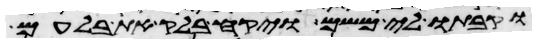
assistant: וקבתו לי משם ויקח בלק את בלעם